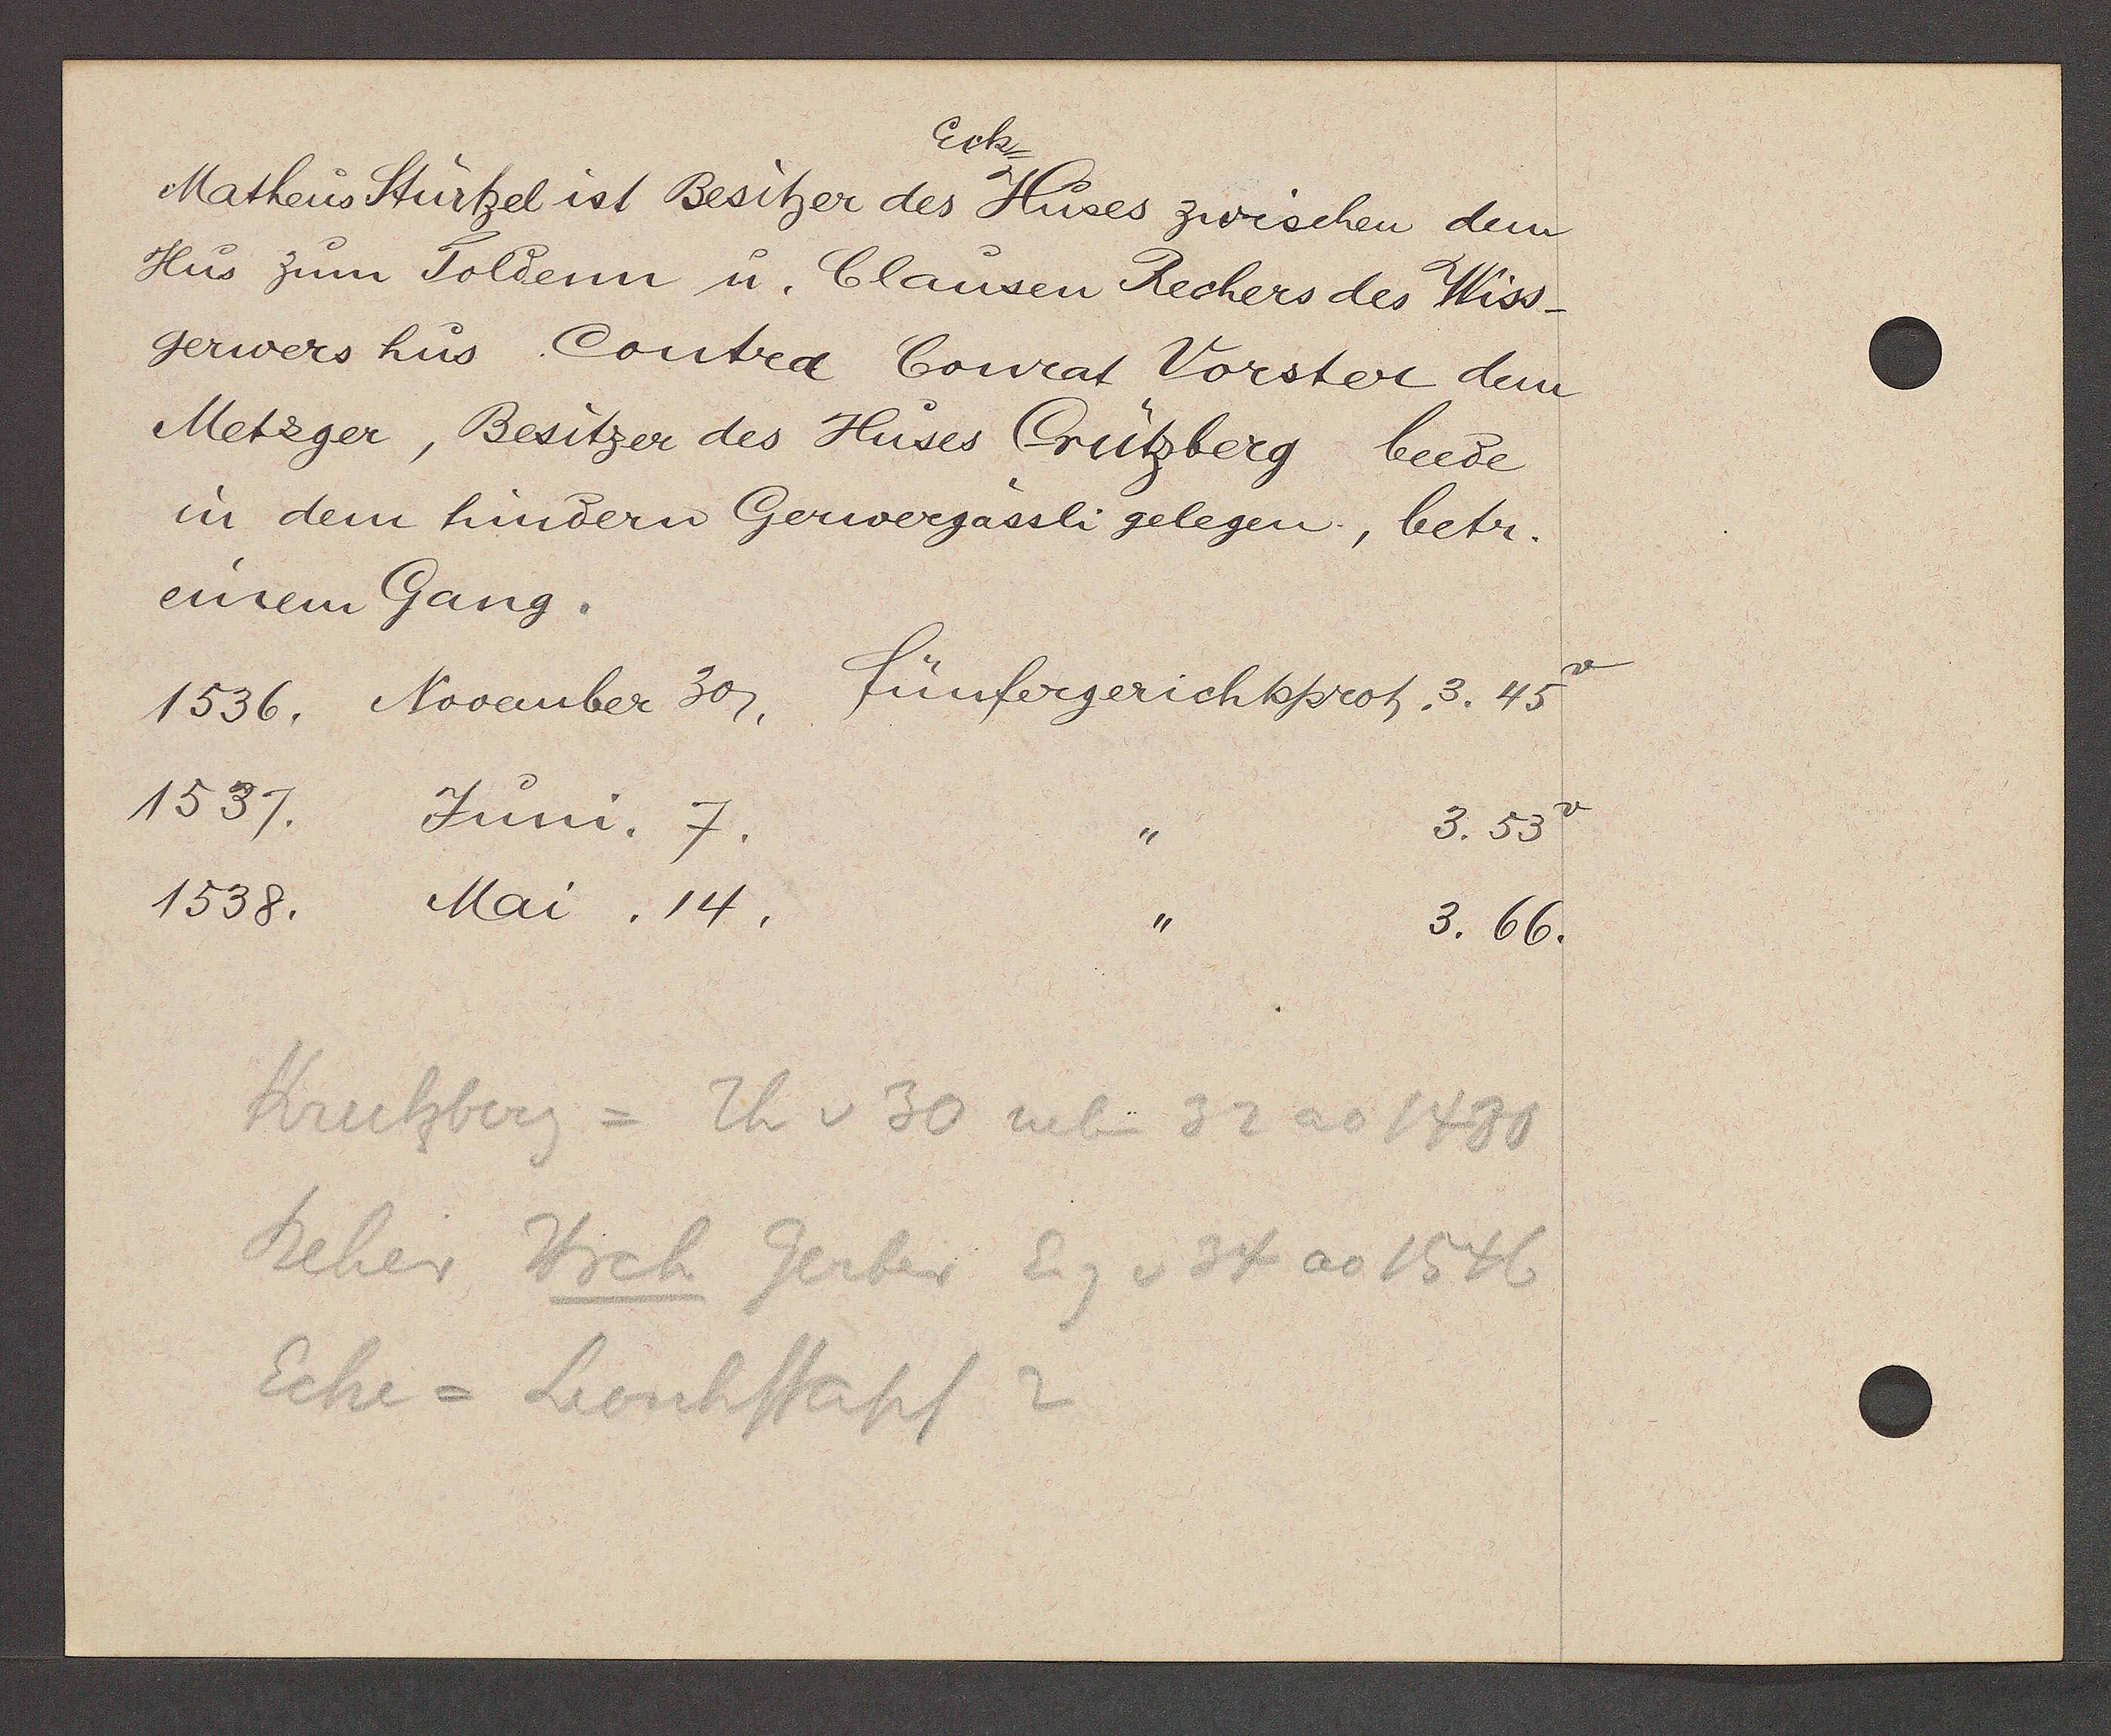
Transcript:
Eck
Matheus Sturtzel ist Besitzer des Huses zwischen dem
Hus zum Soldenn u. Clausen Rechers des Wiss¬
gerwers hus Contra Conrat Vorster dem
Metzger, Besitzer des Huses Crützberg beede
in dem hndern Gerwergässli gelegen, betr.
einem Gang.
Fünfergerichtsprot. 3. 45
1536. November 30,
1537. Juni. 7.
3. 53
,,
1538. Mai. 14,
,,
3. 66.

Krutzberg = Th v 30 neben 32 ao 1430
Reher Hrch Gerber Eig v 34 ao 1546
Eche = Leonhstapf 2